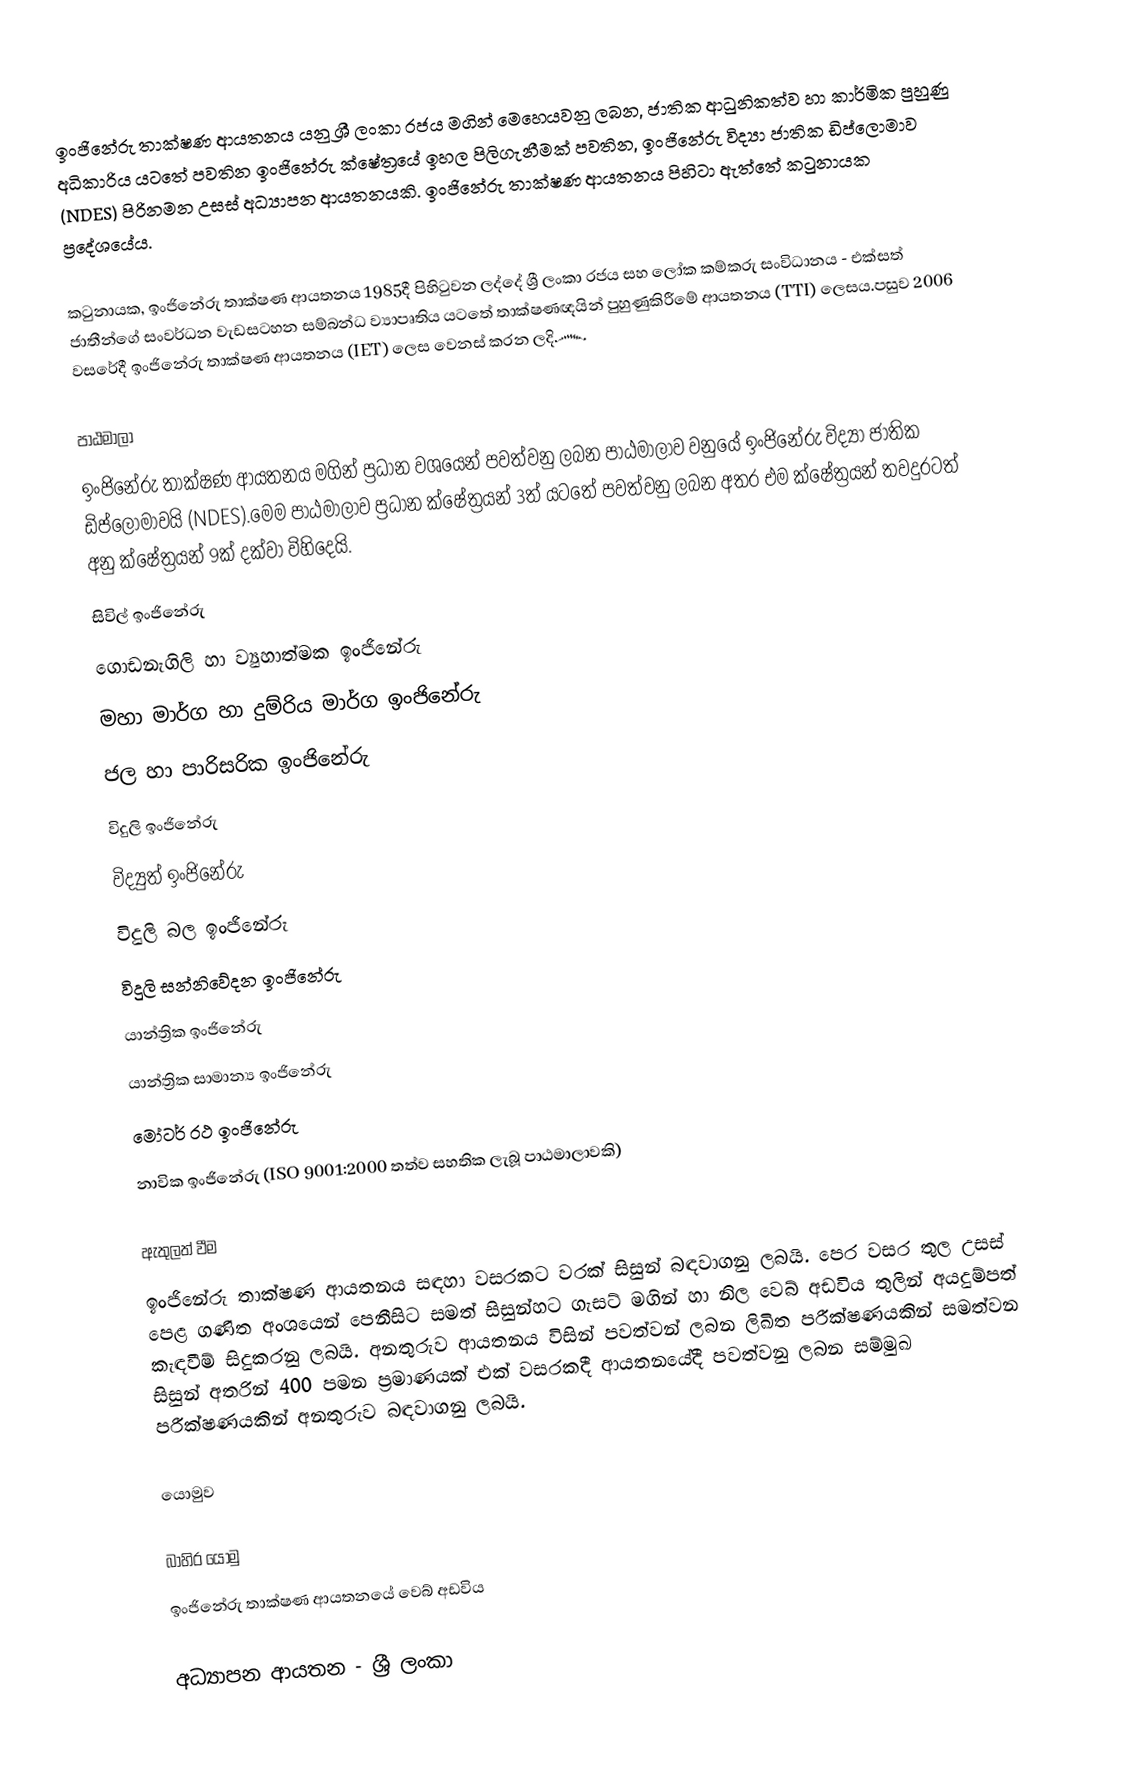
ඉංජිනේරු තාක්ෂණ ආයතනය  යනු ශ්‍රී ලංකා රජය මගින් මෙහෙයවනු ලබන, ජාතික ආධුනිකත්ව හා  කාර්මික පුහුණු අධිකාරිය යටතේ පවතින ඉංජිනේරු ක්ෂේත්‍රයේ ඉහල පිලිගැනීමක් පවතින, ඉංජිනේරු විද්‍යා ජාතික ඩිප්ලොමාව (NDES) පිරිනමන උසස් අධ්‍යාපන ආයතනයකි. ‍ඉංජිනේරු තාක්ෂණ ආයතනය පිහිටා ඇත්තේ කටුනායක ප්‍රදේශයේය.

කටුනායක, ඉංජිනේරු තාක්ෂණ ආයතනය 1985දී පිහිටුවන ලද්දේ ශ්‍රී ලංකා රජය සහ ලෝක කම්කරු සංවිධානය - එක්සත් ජාතීන්ගේ සංවර්ධන වැඩසටහන සම්බන්ධ ව්‍යාපෘතිය යටතේ තාක්ෂණඥයින් පුහුණුකිරීමේ  ආයතනය (TTI) ලෙසය.පසුව 2006 වසරේදී ඉංජිනේරු තාක්ෂණ ආයතනය (IET) ලෙස වෙනස් කරන ලදි෴

පාඨමාලා
ඉංජිනේරු තාක්ෂණ ආයතනය මගින් ප්‍රධාන වශයෙන් පවත්වනු ලබන පාඨමාලාව වනුයේ ඉංජිනේරු විද්‍යා ජාතික ඩිප්ලොමාවයි (NDES).මෙම පාඨමාලාව ප්‍රධාන ක්ෂේත්‍රයන් 3ත් යටතේ පවත්වනු ලබන අතර එම ක්ෂේත්‍රයන් තවදුරටත් අනු ක්ෂේත්‍රයන් 9ක් දක්වා විහිදෙයි.
සිවිල් ඉංජිනේරු
ගොඩනැගිලි හා ව්‍යුහාත්මක ඉංජිනේරු
මහා මාර්ග හා දුම්රිය මාර්ග ඉංජිනේරු
ජල හා පාරිසරික ඉංජිනේරු
විදුලි ඉංජිනේරු
විද්‍යුත් ඉංජිනේරු
විදුලි බල ඉංජිනේරු
විදුලි සන්නිවේදන ඉංජිනේරු
යාන්ත්‍රික ඉංජිනේරු
යාන්ත්‍රික සාමාන්‍ය ඉංජිනේරු
මෝටර් රථ ඉංජිනේරු
නාවික  ඉංජිනේරු (ISO 9001:2000 තත්ව සහතික ලැබූ පාඨමාලාවකි)

ඇතුලත් වීම
ඉංජිනේරු තාක්ෂණ ආයතනය සඳහා වසරකට වරක් සිසුන් බඳවාගනු ලබයි. පෙර වසර තුල උසස් පෙළ ගණිත අංශයෙන් පෙනීසිට සමත් සිසුන්හට ගැසට් මගින් හා නිල වෙබ් අඩවිය තුලින් අයදුම්පත් කැඳවීම් සිදුකරනු ලබයි. අනතුරුව ආයතනය විසින් පවත්වන් ලබන ලිඛිත පරීක්ෂණයකින් සමත්වන සිසුන් අතරින් 400 පමන ප්‍රමාණයක් එක් වසරකදී ආයතනයේදී පවත්වනු ලබන සම්මුඛ පරීක්ෂණයකින් අනතුරුව බඳවාගනු ලබයි.

යොමුව

බාහිර යොමු
ඉංජිනේරු තාක්ෂණ ආයතනයේ වෙබ් අඩවිය

අධ්‍යාපන ආයතන - ශ්‍රී ලංකා